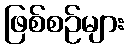
ဖြစ်စဉ်များ